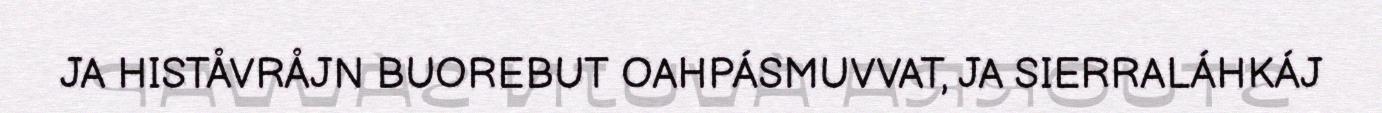
JA HISTÅVRÅJN BUOREBUT OAHPÁSMUVVAT, JA SIERRALÁHKÁJ